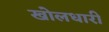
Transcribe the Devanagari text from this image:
खोलधारी